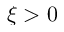
\xi > 0